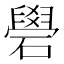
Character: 礐